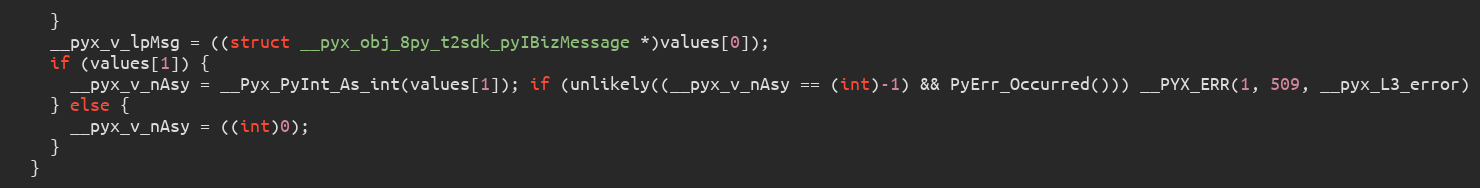
Language: C++
    }
    __pyx_v_lpMsg = ((struct __pyx_obj_8py_t2sdk_pyIBizMessage *)values[0]);
    if (values[1]) {
      __pyx_v_nAsy = __Pyx_PyInt_As_int(values[1]); if (unlikely((__pyx_v_nAsy == (int)-1) && PyErr_Occurred())) __PYX_ERR(1, 509, __pyx_L3_error)
    } else {
      __pyx_v_nAsy = ((int)0);
    }
  }